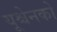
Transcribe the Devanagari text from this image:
यूश्चेनको